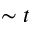
\sim t